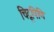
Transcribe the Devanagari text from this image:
चिद्रूपिणि